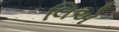
લિએ